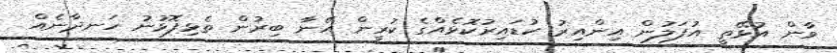
ވާން އުޅޭތީ އުފަލުން އިންއިރު ކުޑައިރުކޮޅެއްގެ ކުރީން އޭނާ ބިރުން ތެޅިފޮޅުނު ހަނދާނެއް